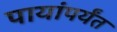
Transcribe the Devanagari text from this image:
पायांपर्यंत